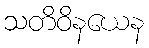
သတိဝိနယေန